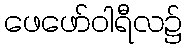
ဖေဖော်ဝါရီလ၌